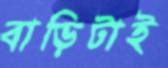
বাড়িটাই